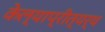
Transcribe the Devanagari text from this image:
केल्याप्रीत्यर्थ